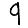
Digit: 9